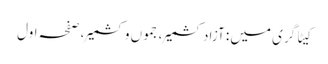
کیٹاگری میں : آزاد کشمیر، جموں وکشمیر، صفحہ اول